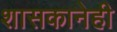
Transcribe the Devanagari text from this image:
शासकानेही